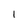
Character: l